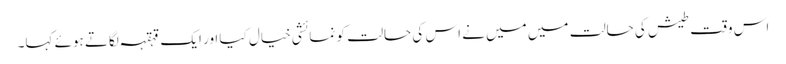
اس وقت طیش کی حالت میں میں نے اس کی حالت کو نمائشی خیال کیا اور ایک قہقہہ لگاتے ہوئے کہا۔